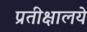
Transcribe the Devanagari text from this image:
प्रतीक्षालये